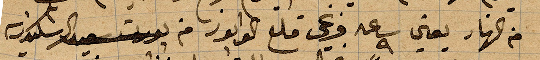
من النهار يعني ساعة ٩ وعي قلع الوابور من الإسكندرية